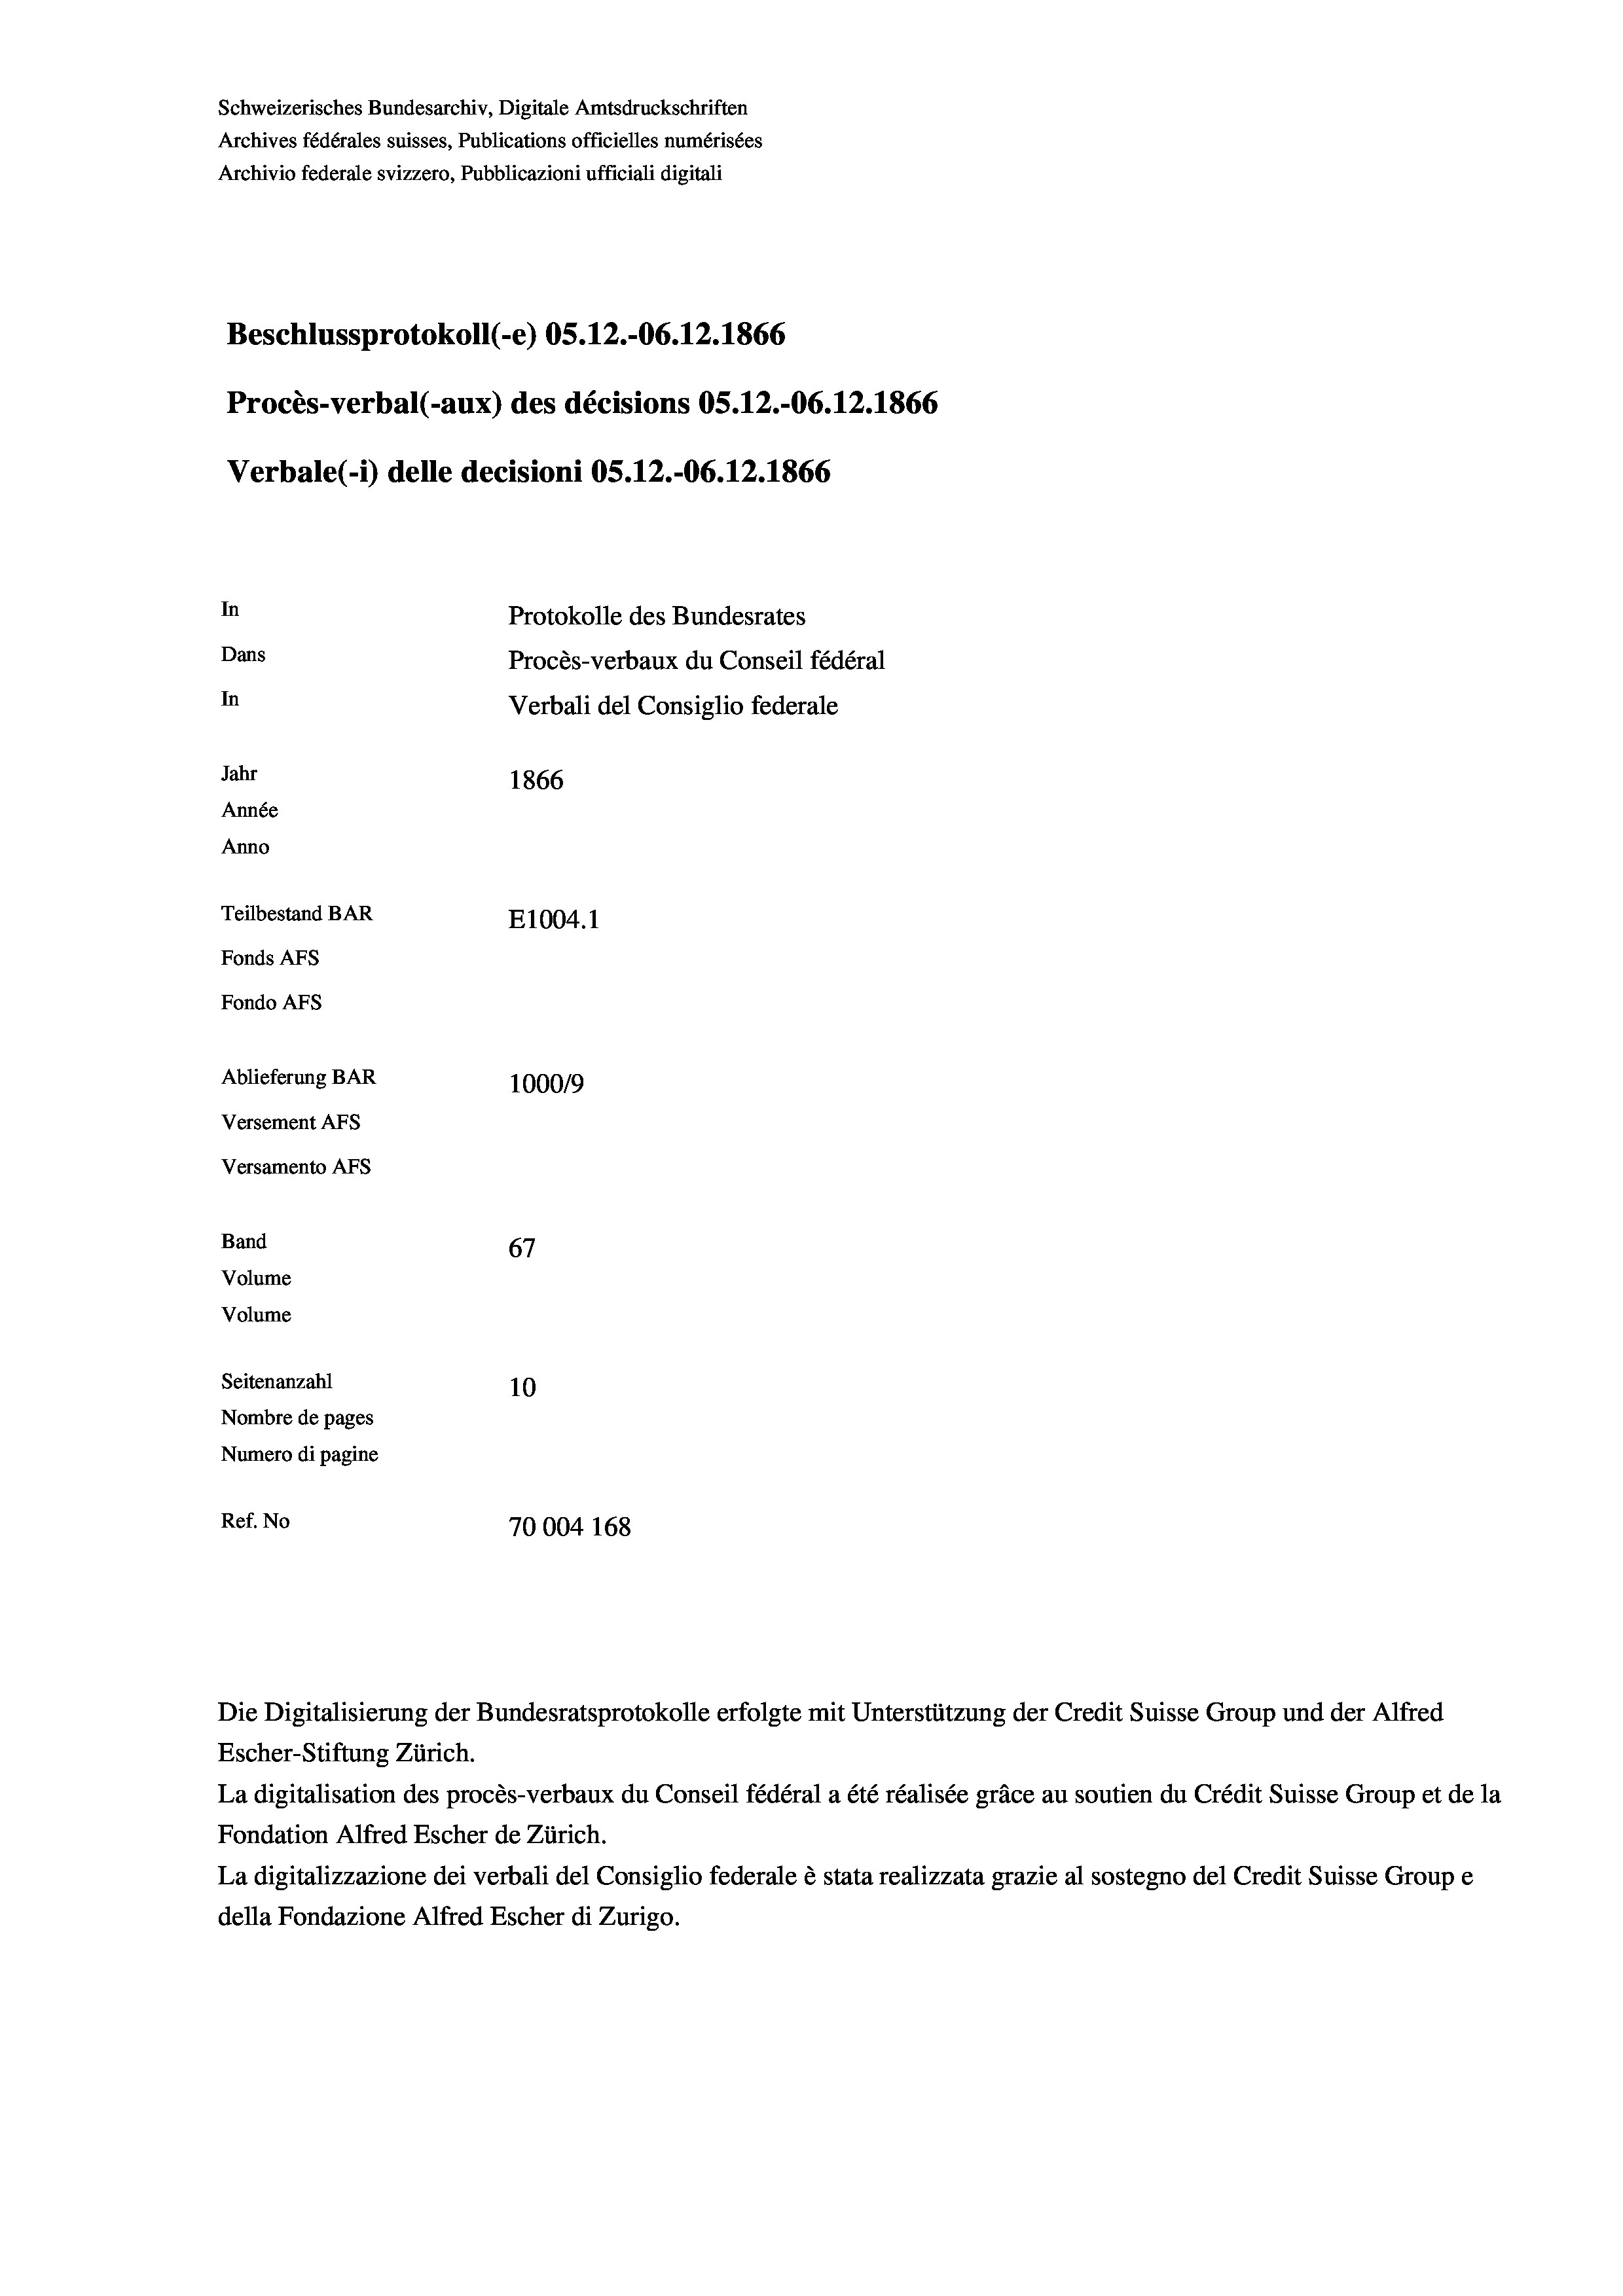
Schweizerisches Bundesarchiv, Digitale Amtsdruckschriften
Archives fédérales suisses, Publications officielles numérisées
Archivio federale svizzero, Pubblicazioni ufficiali digitali
Beschlussprotokoll (-e) OS.12.-06.12.1866
Procès-verbal (-aux) des décisions OS.12.-06. 12. 1866
Verbale(-*) delle decisioni OS.12.-06. 12. 1866
In
Protokolle des Bundesrates
Dans
Procès-verbaux du Conseil fédéral
In
Verbali del Consiglio federale
Jahr
1866
Année
Anno
Teilbestand BAR
E1004.1
Fonds AFs
Fondo Afs
Ablieferung BAR
100019

Versement AFs
Versamento Afs
Band
Volume
Volume
Seitenanzahl

67
10
Nombre de pages
Numero di pagine
Ref. No
70004 168

Escher-Stiftung Zürich.

La digitalisation des procès-verbaux du Conseil fédéral a été réalisée gräce au soutien du Crédit Suisse Group et de la
Fondation Alfred Escher de Zürich.
La digitalizzazione dei verbali del Consiglio federale è stata realizzata grazie al sostegno del Credit Suisse Groupe
della Fondazione Alfred Escher di Zurigo.

Die Digitalisierung der Bundesratsprotokolle erfolgte mit Unterstützung der Credit Suisse Group und der Alfred